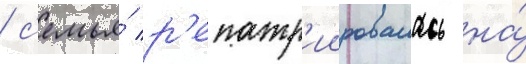
/ с'емья́ р'епатр'иировалась на́